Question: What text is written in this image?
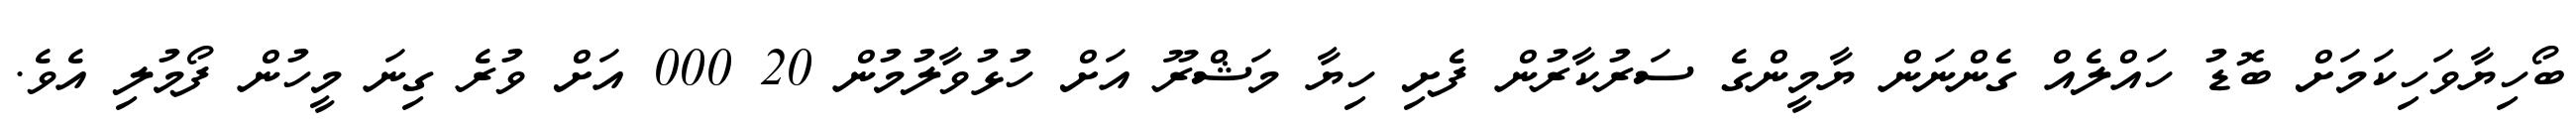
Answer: ބޯހިޔާވަހިކަމަށް ބޮޑު ހައްލެއް ގެންނަން ޔާމީންގެ ސަރުކާރުން ފެށި ހިޔާ މަޝްރޫ އަށް ހުޅުވާލުމުން 20 000 އަށް ވުރެ ގިނަ މީހުން ފޯމުލި އެވެ.